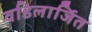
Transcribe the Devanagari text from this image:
वडिलार्जित